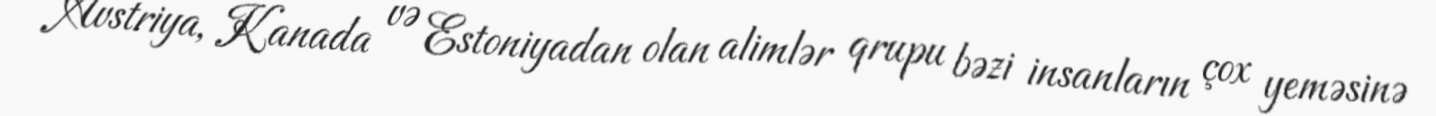
Avstriya, Kanada və Estoniyadan olan alimlər qrupu bəzi insanların çox yeməsinə